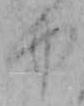
ゆ